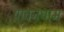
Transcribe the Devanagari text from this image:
पावनधाम